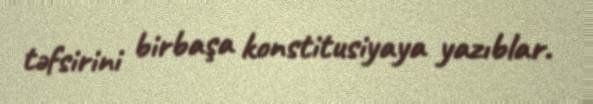
təfsirini birbaşa konstitusiyaya yazıblar.